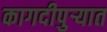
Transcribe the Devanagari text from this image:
कागदीपुर्‍यात